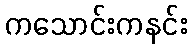
ကသောင်းကနင်း